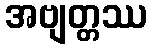
အဗျတ္တဿ